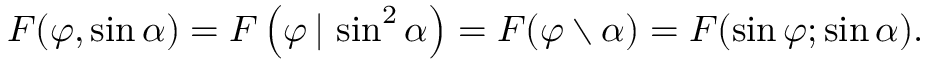
F ( \varphi , \sin \alpha ) = F \left( \varphi \, | \, \sin ^ { 2 } \alpha \right) = F ( \varphi \setminus \alpha ) = F ( \sin \varphi ; \sin \alpha ) .